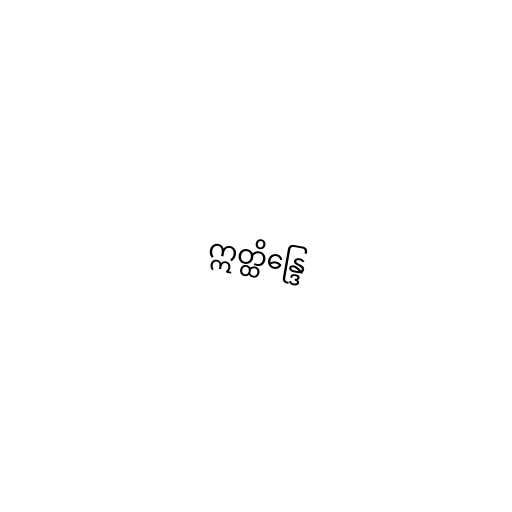
ဣတ္ထိန္ဒြေ